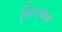
નિરધાર